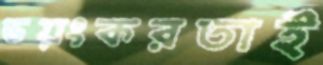
ভয়ংকরতাই